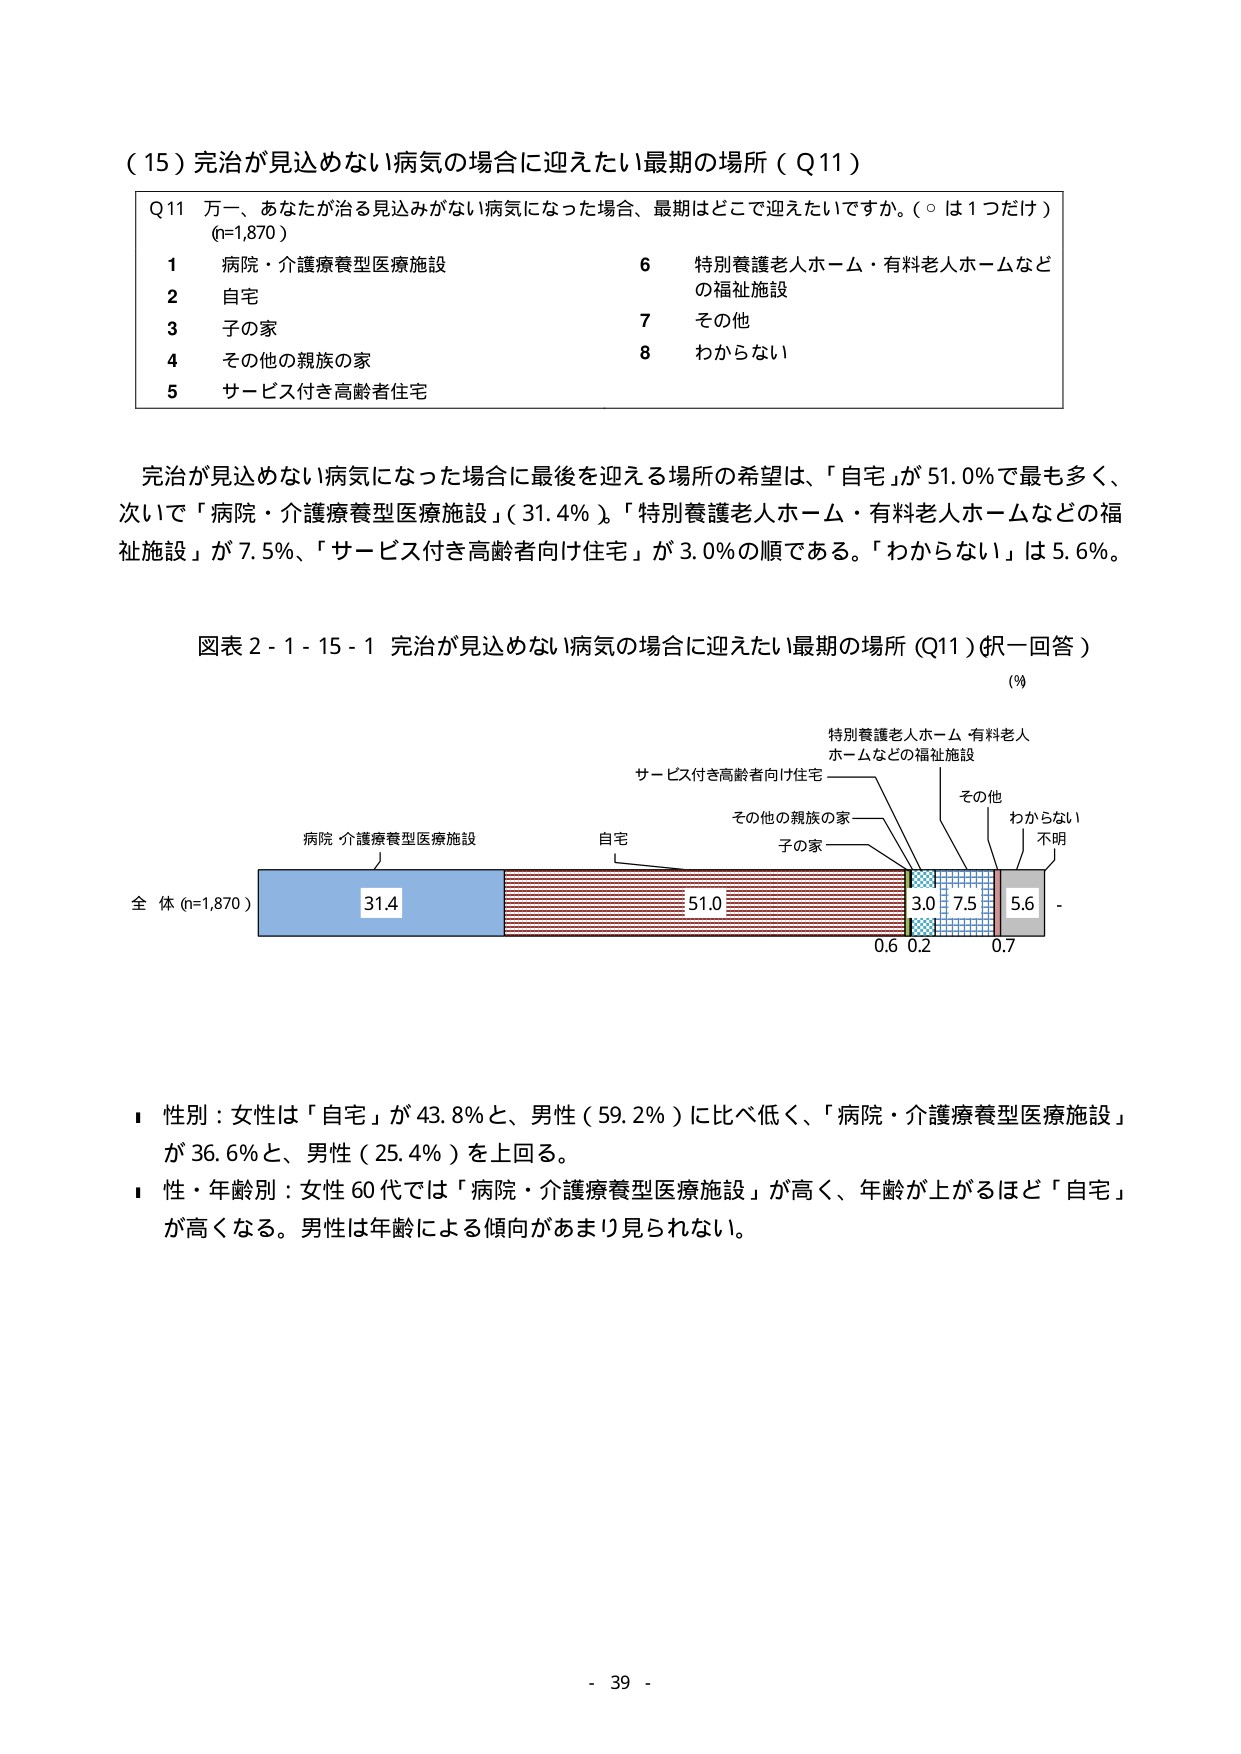
（15）完治が見込めない病気の場合に迎えたい最期の場所（Q11）

Q11 万一、あなたが治る見込みがない病気になった場合、最期はどこで迎えたいですか。（○は1つだけ）
(n=1,870)

1 病院・介護療養型医療施設
2 自宅
3 子の家
4 その他の親族の家
5 サービス付き高齢者住宅
6 特別養護老人ホーム・有料老人ホームなどの福祉施設
7 その他
8 わからない

完治が見込めない病気になった場合に最後を迎える場所の希望は、「自宅」が51.0％で最も多く、次いで「病院・介護療養型医療施設」（31.4％）、「特別養護老人ホーム・有料老人ホームなどの福祉施設」が7.5％、「サービス付き高齢者向け住宅」が3.0％の順である。「わからない」は5.6％。

図表2-1-15-1 完治が見込めない病気の場合に迎えたい最期の場所（Q11）（択一回答）

(％)

特別養護老人ホーム・有料老人
ホームなどの福祉施設
サービス付き高齢者向け住宅
その他の親族の家
自宅
子の家
その他
わからない
不明

全体 (n=1,870)
31.4 51.0 3.0 7.5 5.6
0.6 0.2 0.7

■ 性別：女性は「自宅」が43.8％と、男性（59.2％）に比べ低く、「病院・介護療養型医療施設」が36.6％と、男性（25.4％）を上回る。
■ 性・年齢別：女性60代では「病院・介護療養型医療施設」が高く、年齢が上がるほど「自宅」が高くなる。男性は年齢による傾向があまり見られない。

- 39 -